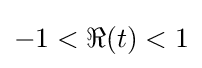
-1<\Re (t)<1